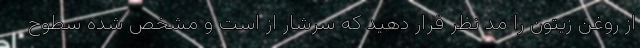
از روغن زیتون را مد نظر قرار دهید که سرشار از است و مشخص شده سطوح